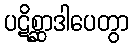
ပဋိစ္ဆာဒါပေတွာ